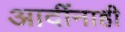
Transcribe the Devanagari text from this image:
आदींनाही